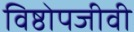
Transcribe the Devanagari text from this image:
विष्ठोपजीवी